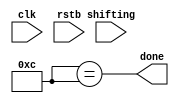
`timescale 1ns / 1ns
//////////////////////////////////////////////////////////////////////////////////
// Company: 
// Engineer: 
// 
// Design Name: 
// Module Name:    Counter_bits 
// Project Name: 
// Target Devices: 
// Tool versions: 
// Description: 
//
// Dependencies: 
//
// Revision: 
// Revision 0.01 - File Created
// Additional Comments: 
//
//////////////////////////////////////////////////////////////////////////////////
module Counter_bits( clk, rstb, shifting, done);

input clk;
input rstb;
input shifting;
output done;

reg [3:0] counter;
wire done;
wire [1:0] sel;

assign done = (counter == 12);

		
endmodule